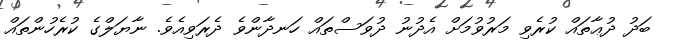
ބަދު ދުޢާތައް ކުރެވި މަރުވުމަށް އެދުނު ދުވަސްތައް ހަނދާންވެ ދެރަވިއެވެ. ނާޔަލްގެ ކުރެހުންތައް